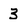
Character: 3